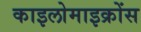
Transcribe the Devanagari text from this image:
काइलोमाइक्रोंस